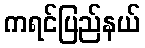
ကရင်ပြည်နယ်